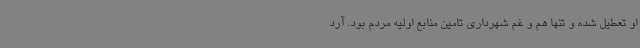
او تعطیل شده و تنها هم و غم شهرداری تامین منابع اولیه مردم بود. آرد